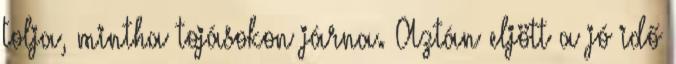
tolja, mintha tojásokon járna. Aztán eljött a jó idő